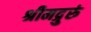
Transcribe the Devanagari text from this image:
श्रीमद्गुरुं